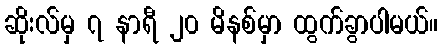
ဆိုးလ်မှ ၇ နာရီ ၂၀ မိနစ်မှာ ထွက်ခွာပါမယ်။